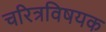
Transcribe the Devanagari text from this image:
चरित्रविषयक